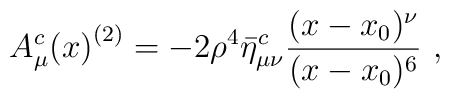
{A^{c}_\mu(x)}^{(2)} =-2 \rho^4 \bar\eta^c_{\mu\nu} {(x - x_0)^\nu\over (x - x_0)^6}~,